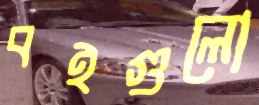
বইগুলো